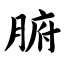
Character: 腑